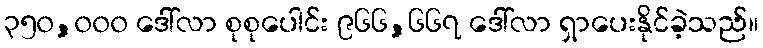
၃၅၀,၀၀၀ ဒေါ်လာ စုစုပေါင်း ၉၆၆,၆၆၇ ဒေါ်လာ ရှာပေးနိုင်ခဲ့သည်။